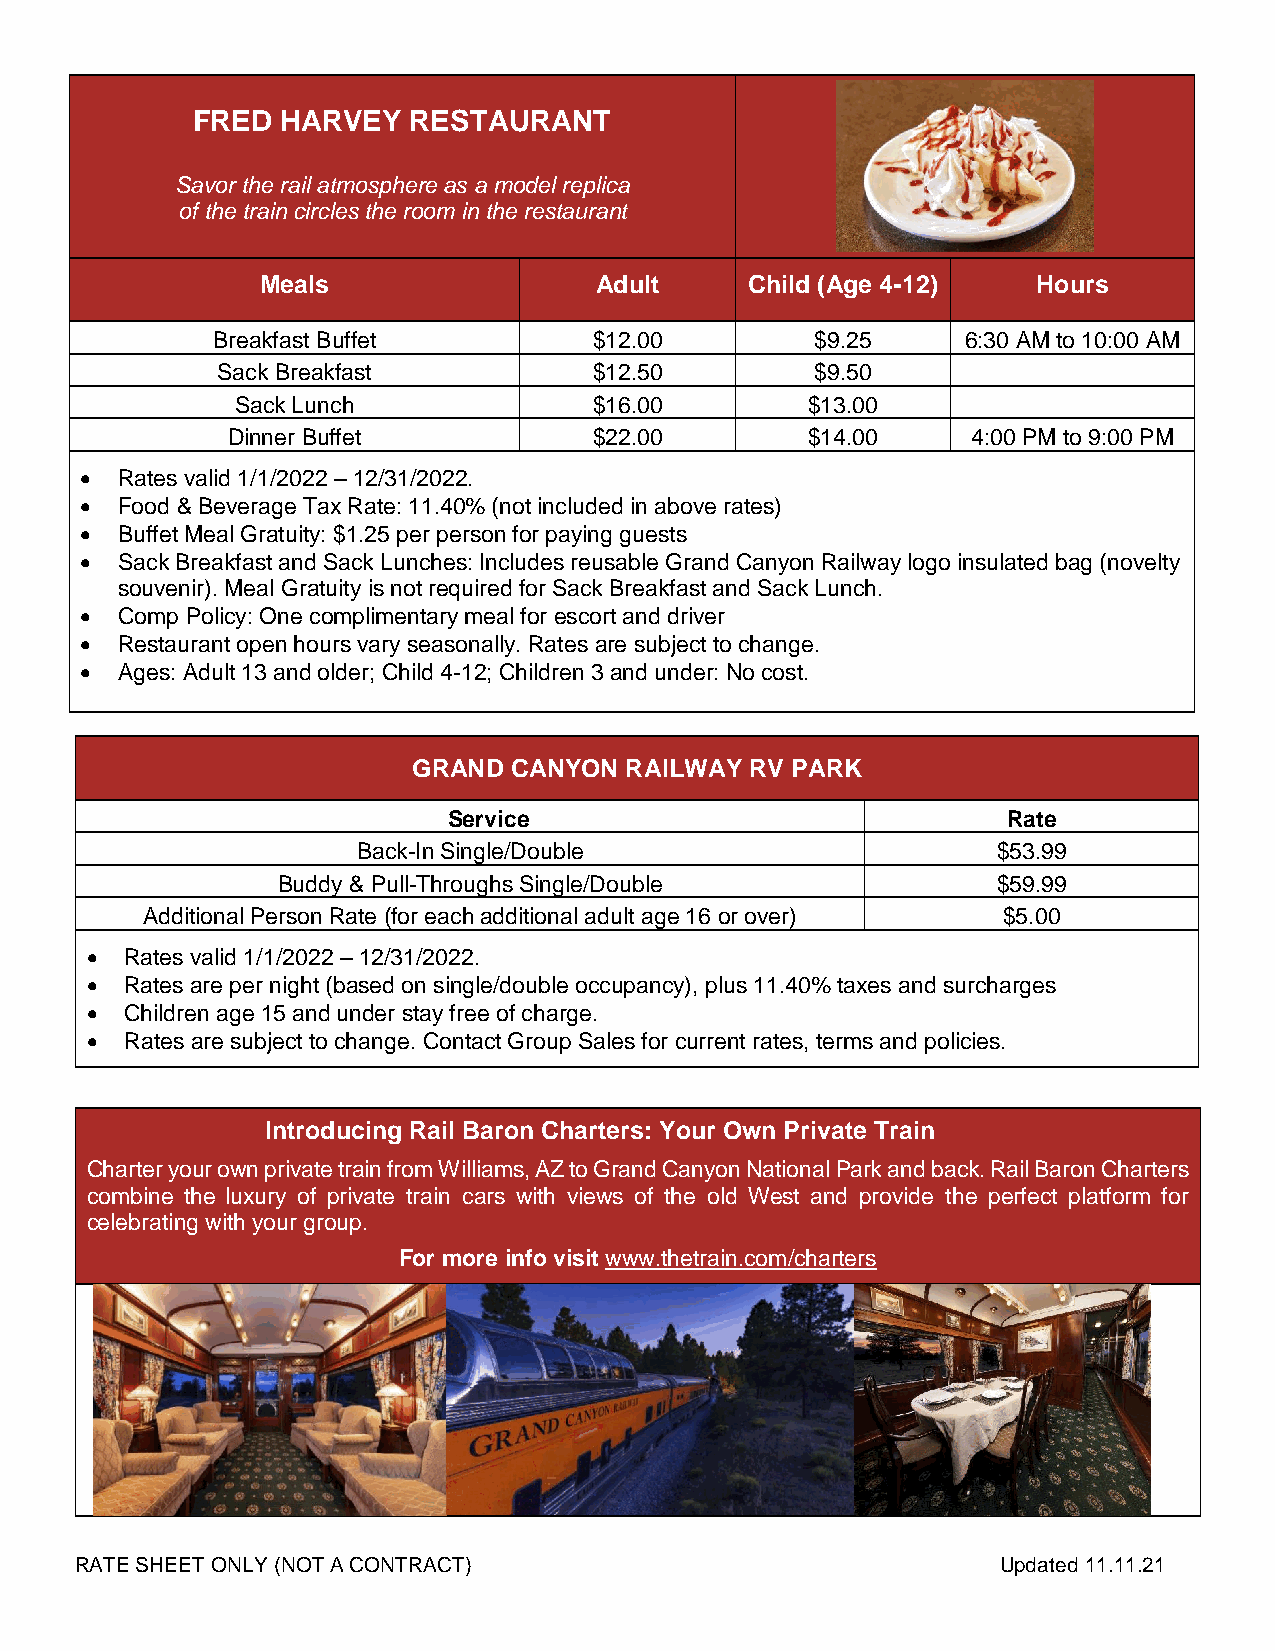
FRED  HARVEY  RESTAURANT
 Savor the rail atmosphere as a model replica
 of the train circles the room in the restaurant
 Meals                 Adult     Child (Age 4-12)    Hours
 Breakfast Buffet         $12.00         $9.25     6:30 AM to 10:00 AM
 Sack Breakfast           $12.50         $9.50
 Sack Lunch             $16.00        $13.00
 Dinner Buffet           $22.00        $14.00     4:00 PM to 9:00 PM
   Rates valid 1/1/2022 – 12/31/2022.
   Food & Beverage Tax Rate: 11.40% (not included in above rates)
   Buffet Meal Gratuity: $1.25 per person for paying guests
   Sack Breakfast and Sack Lunches: Includes reusable Grand Canyon Railway logo insulated bag (novelty
 souvenir). Meal Gratuity is not required for Sack Breakfast and Sack Lunch.
   Comp Policy: One complimentary meal for escort and driver
   Restaurant open hours vary seasonally. Rates are subject to change.
   Ages: Adult 13 and older; Child 4-12; Children 3 and under: No cost.
 GRAND  CANYON RAILWAY  RV PARK
 Service                              Rate
 Back-In Single/Double                     $53.99
 Buddy & Pull-Throughs Single/Double             $59.99
 Additional Person Rate (for each additional adult age 16 or over) $5.00
  Rates valid 1/1/2022 – 12/31/2022.
  Rates are per night (based on single/double occupancy), plus 11.40% taxes and surcharges
  Children age 15 and under stay free of charge.
  Rates are subject to change. Contact Group Sales for current rates, terms and policies.
 Introducing Rail Baron Charters: Your Own Private Train
 Charter your own private train from Williams, AZ to Grand Canyon National Park and back. Rail Baron Charters
 combine the luxury of private train cars with views of the old West and provide the perfect platform for
 celebrating with your group.
 For more info visit www.thetrain.com/charters
 RATE SHEET ONLY (NOT A CONTRACT)                             Updated 11.11.21